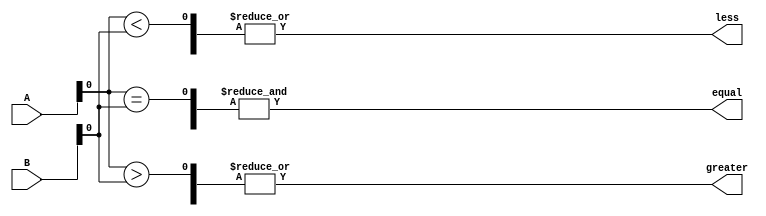
module parallel_comparator (
    input [7:0] A,
    input [7:0] B,
    output equal,
    output greater,
    output less
);

wire [7:0] equal_stage, greater_stage, less_stage;

// Comparison stages for each bit
assign equal_stage[0] = (A[0] == B[0]);
assign greater_stage[0] = (A[0] > B[0]);
assign less_stage[0] = (A[0] < B[0]);

// Add more stages for each bit comparison
// ...

// Combine outputs of comparison stages
assign equal = &equal_stage;
assign greater = |greater_stage;
assign less = |less_stage;

endmodule